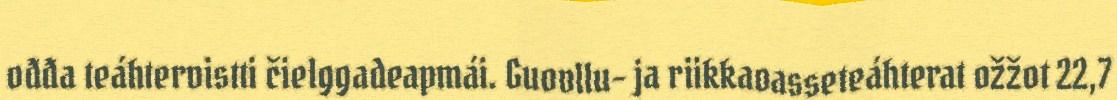
ođđa teáhtervistti čielggadeapmái. Guovllu- ja riikkaoasseteáhterat ožžot 22,7